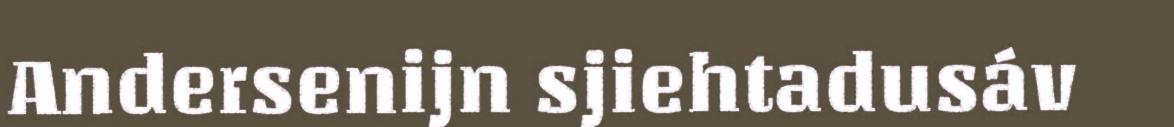
Andersenijn sjiehtadusáv